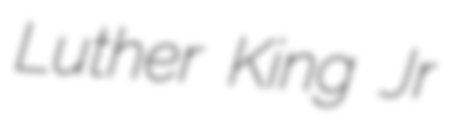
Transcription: Luther King Jr